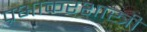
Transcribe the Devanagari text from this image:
प्रभाकरशास्त्री